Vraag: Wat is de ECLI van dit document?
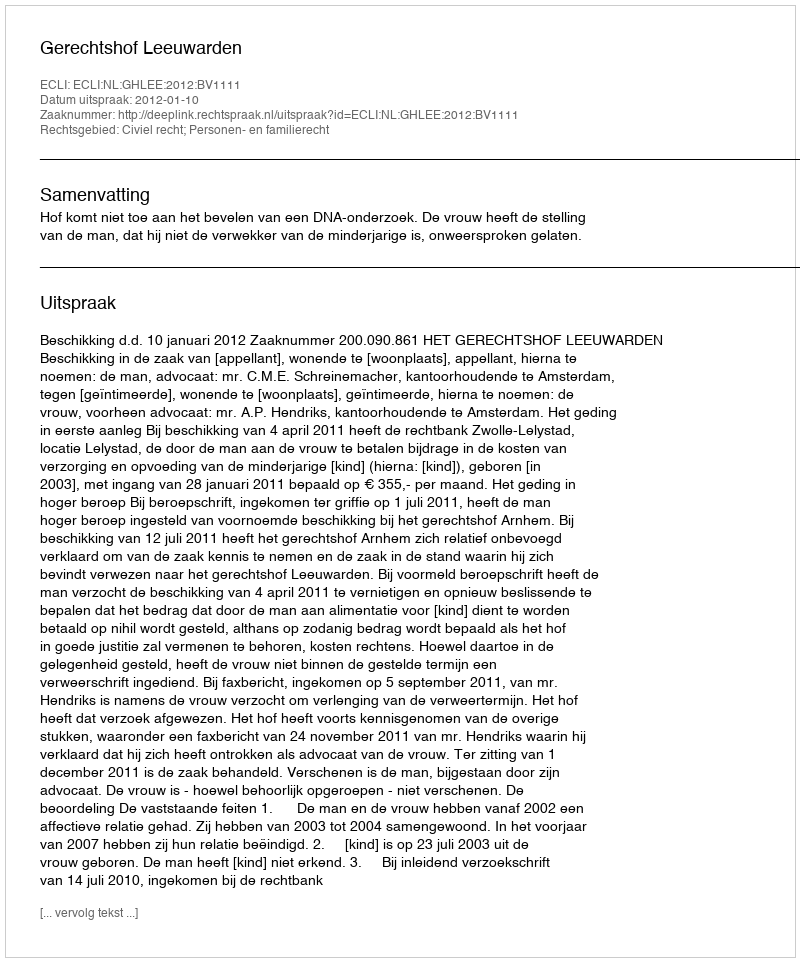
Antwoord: ECLI:NL:GHLEE:2012:BV1111